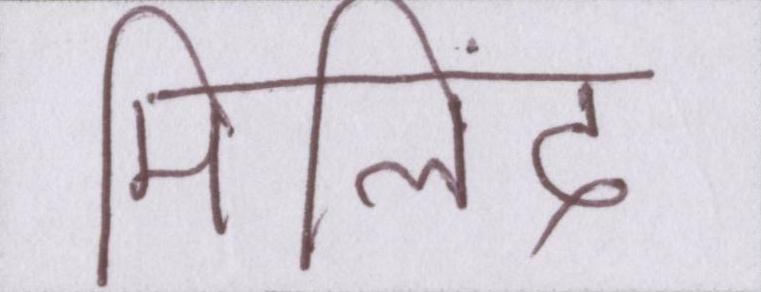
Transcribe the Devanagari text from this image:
मिलिंद